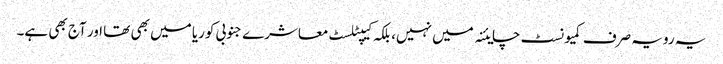
یہ رویہ صرف کمیونسٹ چایئنہ میں نہیں، بلکہ کیپٹلسٹ معاشرے جنوبی کوریا میں بھی تھا اور آج بھی ہے۔